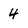
Character: 4